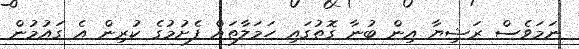
ނަމަވެސް ރަޝިޔާ އިން ބުނާ ގޮތުގައި ހަމަލާތައް ފެށުމުގެ ކުރިން އެ ގައުމުން